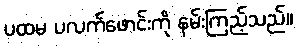
ပထမ ပလက်ဖောင်းကို နမ်းကြည့်သည်။